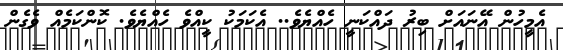
އެމީހުން އޭނައަށް ބިރު ދައްކަނީ ހެއްޔެވެ.. އެކަމަކު ކީއްވެ ހެއްޔެވެ. ކޮންކަމެއް ވެގެން